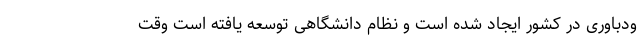
ودباوری در کشور ایجاد شده است و نظام دانشگاهی توسعه یافته است وقت